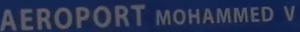
AEROPORT MOHAMMED V